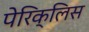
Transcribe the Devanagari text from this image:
पेरिक्लिस